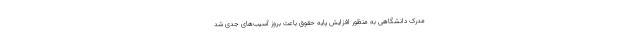
مدرک دانشگاهی به منظور افزایش پایه حقوق باعث بروز آسیب‌های جدی شد